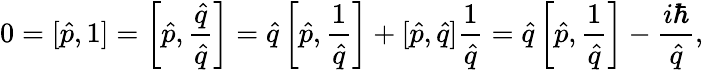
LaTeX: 0=[\hat{p},1]=\left[\hat{p},\frac{\hat{q}}{\hat{q}}\right]=\hat{q}\left[\hat{p},\frac{1}{\hat{q}}\right]+[\hat{p},\hat{q}]\frac{1}{\hat{q}}=\hat{q}\left[\hat{p},\frac{1}{\hat{q}}\right]-\frac{i\hbar}{\hat{q}},